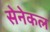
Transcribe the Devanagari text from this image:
सेनेकल